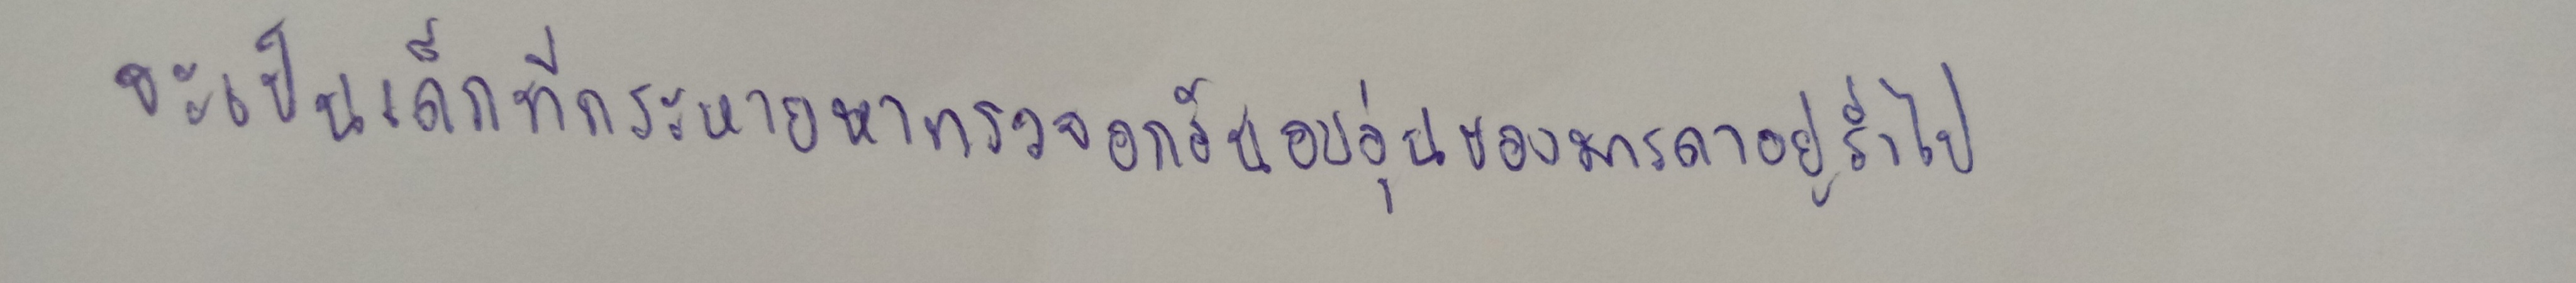
จะเป็นเด็กที่กระหายหาทรวงอกอันอบอุ่นของมารดาอยู่ร่ำไป